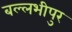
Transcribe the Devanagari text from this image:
बल्लभीपुर